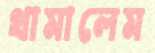
থামালেম